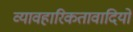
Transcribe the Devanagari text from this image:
व्यावहारिकतावादियों